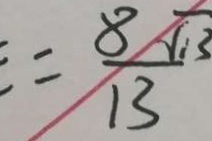
C E = \frac { 8 \sqrt { 1 3 } } { 1 3 }